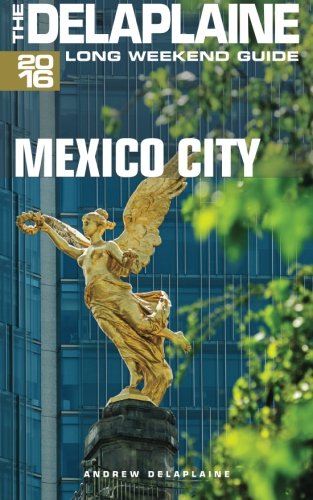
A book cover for MEXICO CITY - The Delaplaine 2016 Long Weekend Guide (Long Weekend Guides); Andrew Delaplaine; Travel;